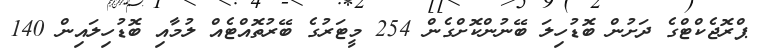
ޕްރޮޖެކްޓްގެ ދަށުން ބޮޑުހިލަ ބޭނުންކޮށްގެން 254 މީޓަރުގެ ބޭރުތޮއްޓެއް ލުމާއި ބޮޑުހިލައިން 140